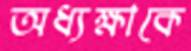
অধ্যক্ষাকে